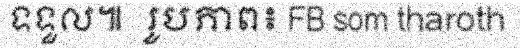
ទទួល៕  រូបភាព៖ FB som tharoth